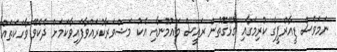
ނަމަވެސް ޑީއާރްޕީގެ ކުރިމަގާއި ގުޅޭގޮތުން ރައީސް މައުމޫނާއި އެކު މަޝްވަރާކުރައްވާފައިވާކަމަށް ދެކެވޭ ވާހަކަތައް